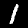
Digit: 1